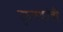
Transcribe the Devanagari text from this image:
तुघलकांची